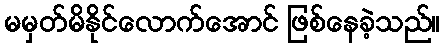
မမှတ်မိနိုင်လောက်အောင် ဖြစ်နေခဲ့သည်။